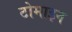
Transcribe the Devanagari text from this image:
टोमाइन